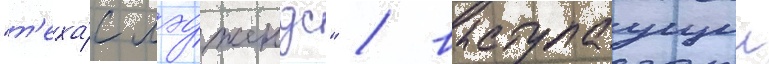
"т'еха́с лэджендс" / выступаущии